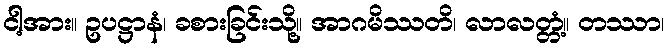
ငါ့အား။ ဥပဋ္ဌာနံ၊ ခစားခြင်းသို့။ အာဂမိဿတိ၊ လာလတ္တံ့။ တဿာ၊